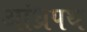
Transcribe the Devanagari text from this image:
आंध्रपथ